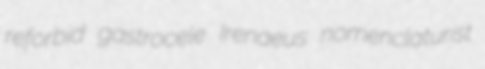
reforbid gastrocele Irenaeus nomenclaturist